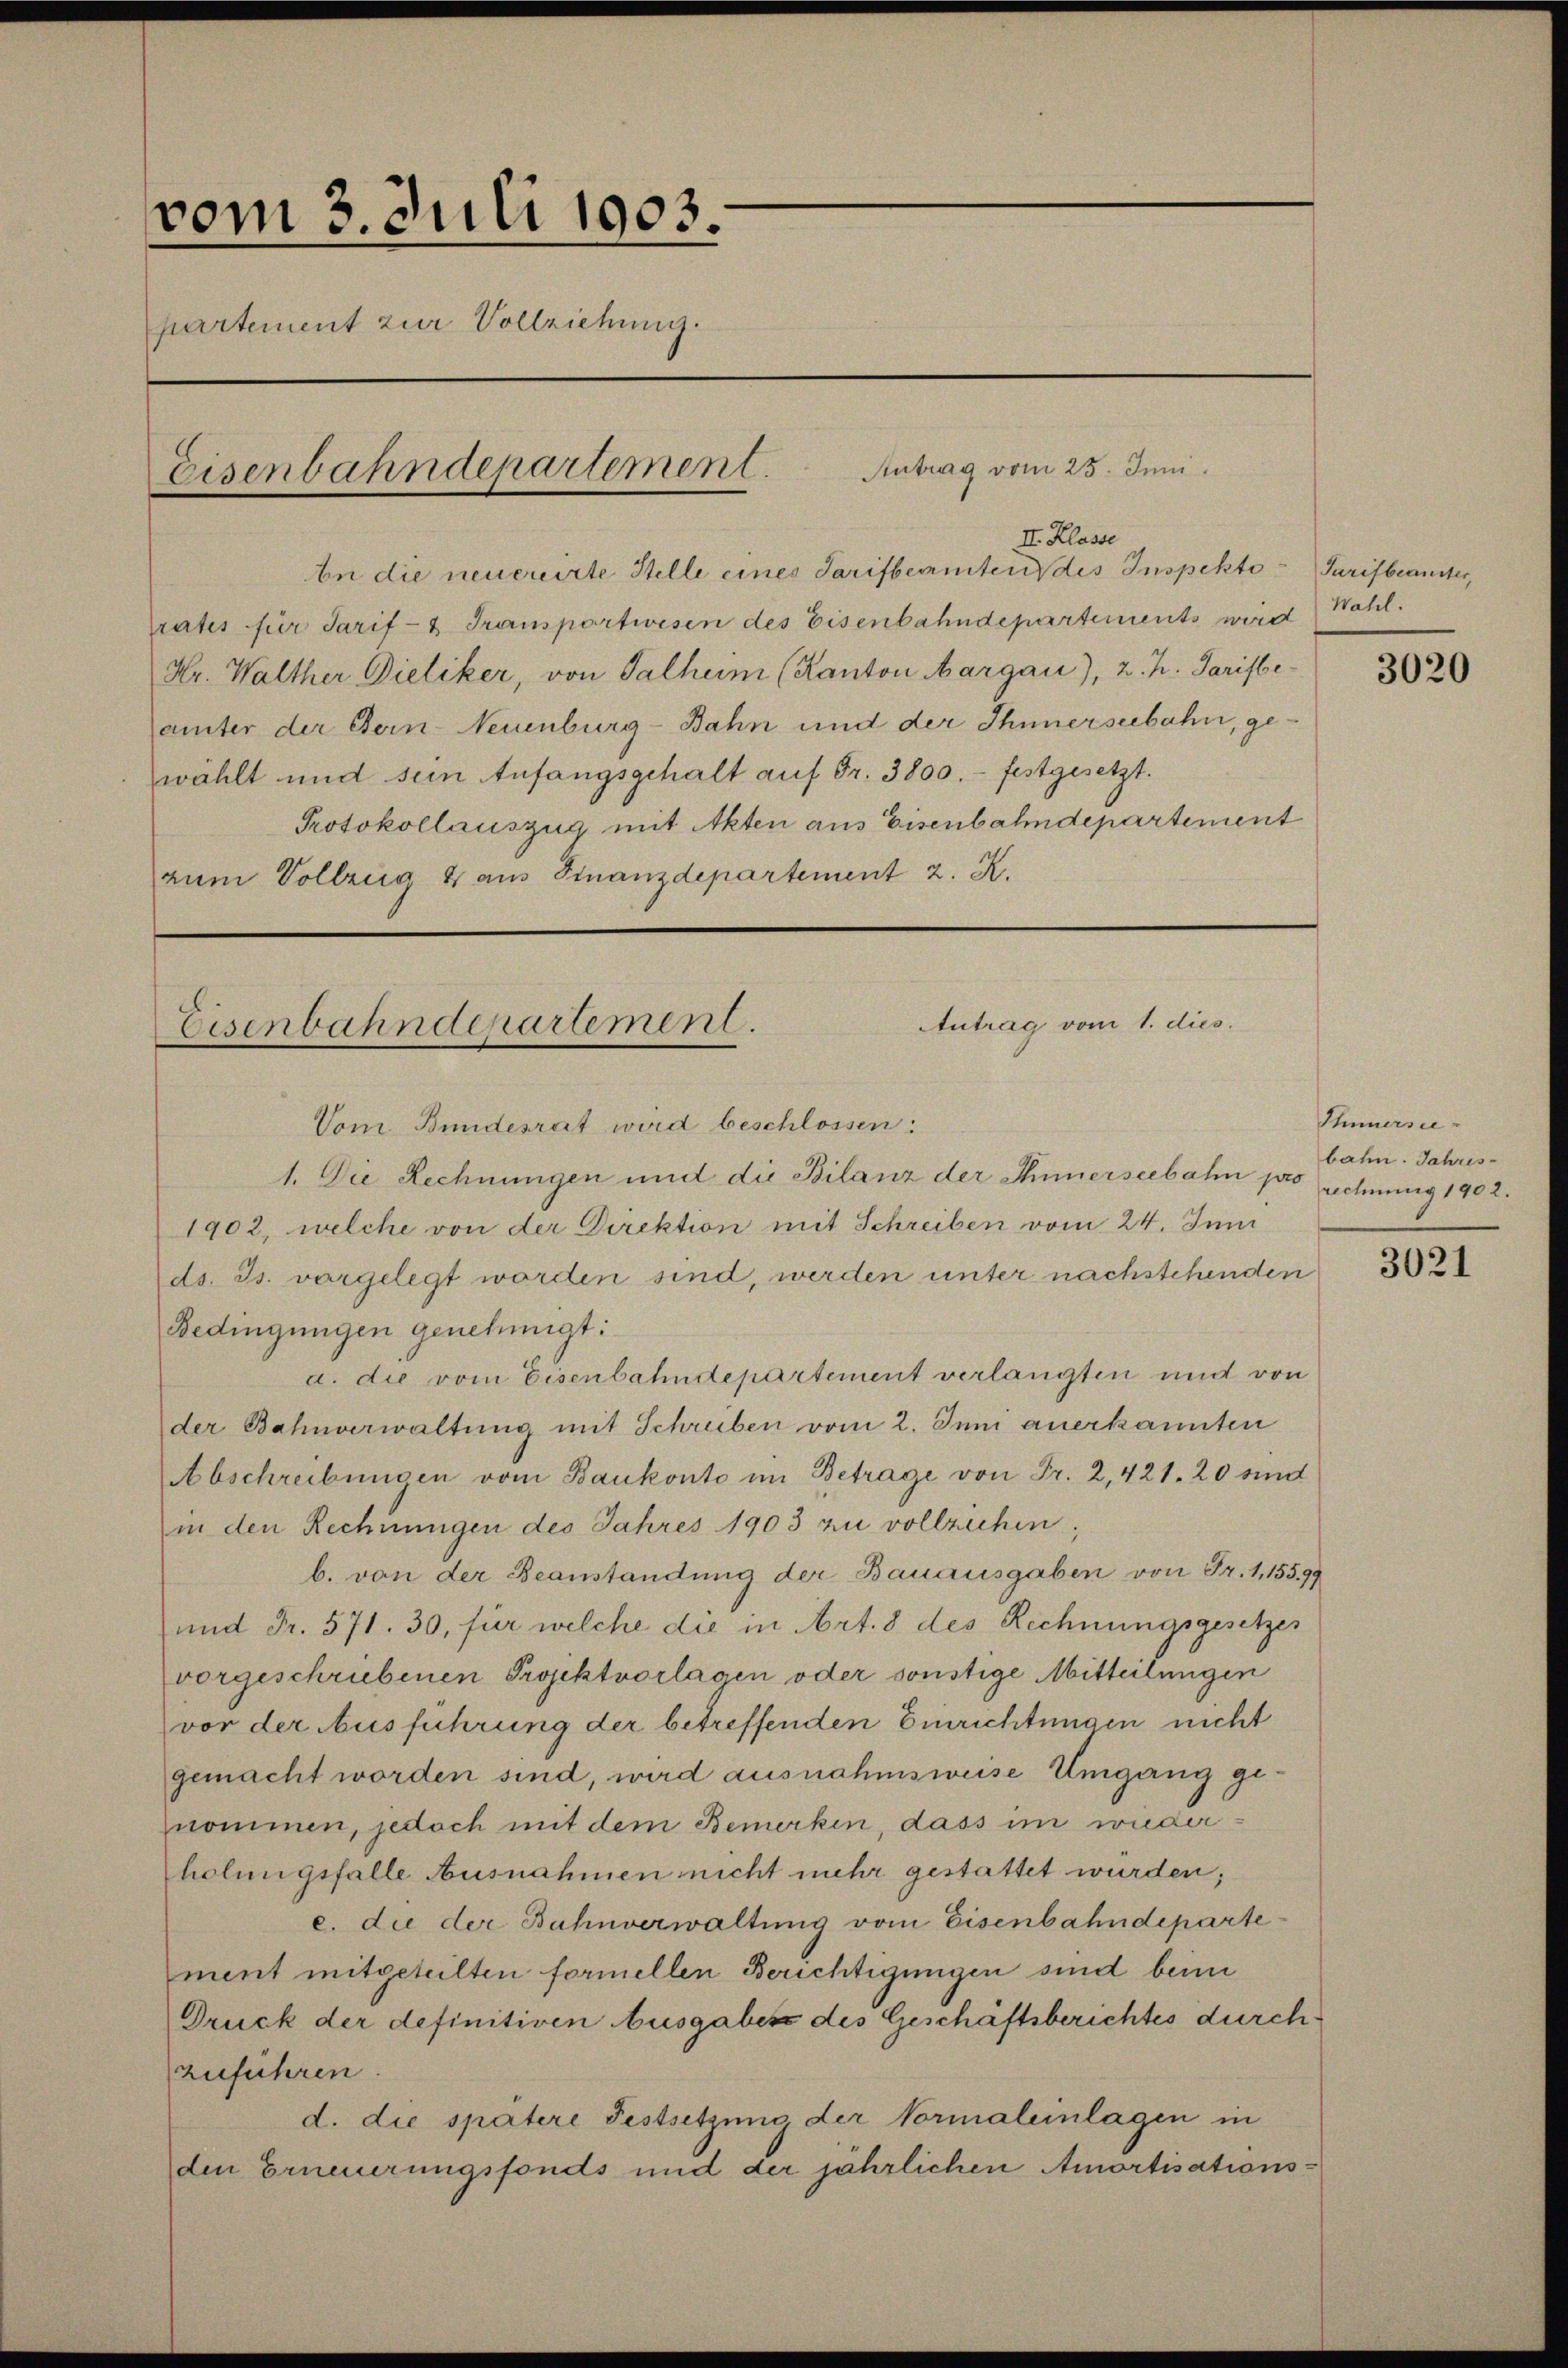
vom 3. Juli 1903.
partement zur Vollziehung.
Eisenbahndepartement.

bn die neuereirte Stelle eines Tarifbeamten des Inspekto Tarifbeanster,
rates für Tarif- Transportwesen des Eisenbahndepartements wird
Hr. Walther Dietiker, von Talheim (Kanton Aargau), 2. h. Tarifbeämter der Bern-Neuenburg-Bahn und der Thunerseebahn, gewählt und sein Anfangsgehalt auf Fr. 3800.- festgesetzt.
Protokollauszug mit Akten aus Eisenbahndepartement
zum Vollzug & aus Finanzdepartement z. R.

Vom Bundesrat wird beschlossen:
1. Die Rechnungen und die Bilanz der Sinnerseebahn pro rechnung 1902.
1902, welche von der Direktion mit Schreiben vom 24. Juni
ds. Js. vorgelegt worden sind, werden unter nachstehenden
Bedingungen genehmigt:
a. die vom Eisenbahndepartement verlangten und von
der Bahnverwaltung mit Schreiben vom 2. Juni anerkannten
Abschreibungen vom Baukonto im Betrage von Fr. 2, 421. 20 und
in den Rechnungen des Jahres 1903 zu vollziehen,
b. von der Beanstandung der Bauausgaben von Fr. 1,155.99
und Fr. 571. 30, für welche die in Art. 8 des Rechnungsgesetzes
vorgeschriebenen Projektvorlagen oder sonstige Mitteilungen
vor der Ausführung der betreffenden Einrichtungen nicht
gemacht worden sind, wird ausnahmsweise Umgang genommen, jedoch mit dem Bemerken, dass im wiederholungsfalle Ausnahmen nicht mehr gestattet wurden;
c. die der Bahnverwaltung vom Eisenbahndepartement mitgeteilten formellen Berichtigungen sind beim
Druck der definitiven Ausgaben des Geschäftsberichtes durchzuführen.
d. die spätere Festsetzung der Vormaleinlagen in
den Erneuerungsfonds und der jährlichen Amortisations-

Antrag vom 25. Juni.

II. Klasse

Antrag vom 1. dies.
Eisenbahndepartement.

Wahl.

3020

Sinnerse
bahn. Jahres-

3021